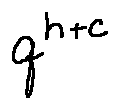
q ^ { h + c }